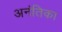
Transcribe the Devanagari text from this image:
अनंतिका